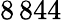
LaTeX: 8\, 844